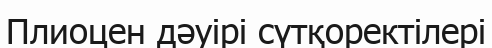
Плиоцен дәуірі сүтқоректілері